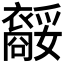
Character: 𧞥